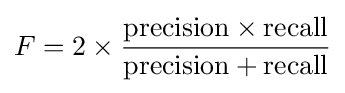
F=2\times {\frac {{\text{precision}}\times {\text{recall}}}{{\text{precision}}+{\text{recall}}}}